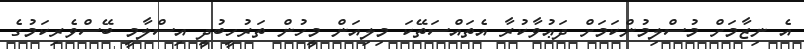
އެ ނިޒާމަށް މުސްލިމުންކަމަށް ދަޢުވާކުރާ އެތައްސަތޭކަ މިލިއަން މީހުން ތަރުހީބުދީ އިސްލާމީ ބޭސްވެެރިކަމުގެ